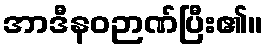
အာဒီနဝဉာဏ်ပြီး၏။